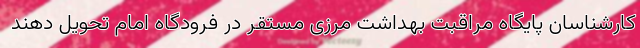
کارشناسان پایگاه مراقبت بهداشت مرزی مستقر در فرودگاه امام تحویل دهند